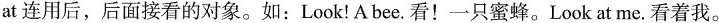
at连用后，后面接看的对象。如：Look！A bee.看！一只蜜蜂。Look at me.看着我。